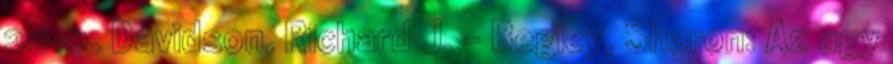
2010. Davidson, Richard J. - Begley, Sharon: Az agy